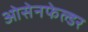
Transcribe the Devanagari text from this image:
ओसेनफेल्डर